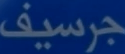
جرسيف